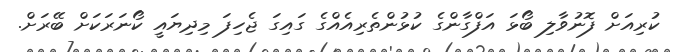
ކުރިއަށް ފޮނުވާލި ބޯޅަ އަފްގާންގެ ކުޅުންތެރިއެއްގެ ގައިގަ ޖެހިފަ މިދިޔައީ ކޯނަރަކަށް ބޭރަށް.